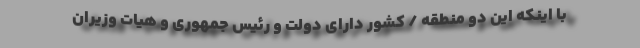
با اینکه این دو منطقه / کشور دارای دولت و رئیس جمهوری و هیات وزیران